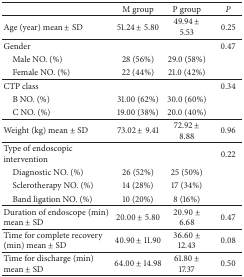
|  | M group | P group | P |
 | --- | --- | --- | --- |
 | Age (year) mean ± SD | 51.24 ± 5.80 | 49.94 ± 5.53 | 0.25 |
 | Gender |  |  | 0.47 |
 | Male NO. (%) | 28 (56%) | 29.0 (58%) |  |
 | Female NO. (%) | 22 (44%) | 21.0 (42%) |  |
 | CTP class |  |  | 0.34 |
 | B NO. (%) | 31.00 (62%) | 30.0 (60%) |  |
 | C NO. (%) | 19.00 (38%) | 20.0 (40%) |  |
 | Weight (kg) mean ± SD | 73.02 ± 9.41 | 72.92 ± 8.88 | 0.96 |
 | Type of endoscopic intervention |  |  | 0.22 |
 | Diagnostic NO. (%) | 26 (52%) | 25 (50%) |  |
 | Sclerotherapy NO. (%) | 14 (28%) | 17 (34%) |  |
 | Band ligation NO. (%) | 10 (20%) | 8 (16%) |  |
 | Duration of endoscope (min) mean ± SD | 20.00 ± 5.80 | 20.90 ± 6.68 | 0.47 |
 | Time for complete recovery (min) mean ± SD | 40.90 ± 11.90 | 36.60 ± 12.43 | 0.08 |
 | Time for discharge (min) mean ± SD | 64.00 ± 14.98 | 61.80 ± 17.37 | 0.50 |